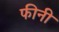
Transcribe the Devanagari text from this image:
फीनी